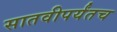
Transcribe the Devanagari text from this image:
सातवीपर्यंतच